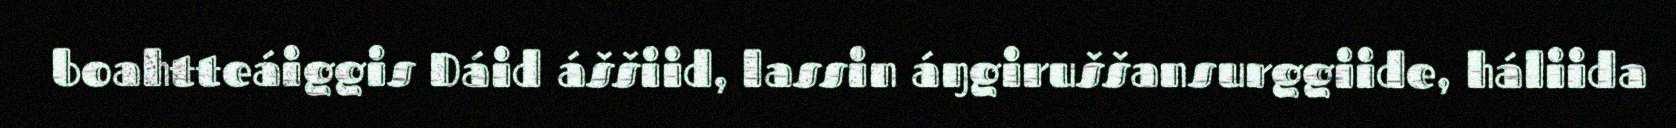
boahtteáiggis Dáid áššiid, lassin áŋgiruššansurggiide, háliida